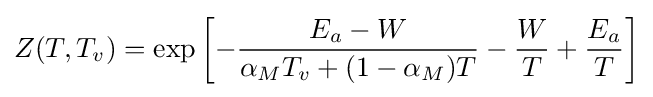
Z(T,T_{v})=\exp \left[-{\frac {E_{a}-W}{\alpha _{M}T_{v}+(1-\alpha _{M})T}}-{\frac {W}{T}}+{\frac {E_{a}}{T}}\right]